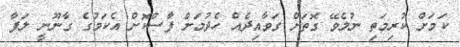
ކަމަށް ކުރިމަތި ނުލެވޭ ގޮތަށް ގަވާއިދެއް ހެދުމަށް ފާސްކޮށް އެކަމުގެ ގާނޫނީ ލަފާ